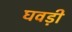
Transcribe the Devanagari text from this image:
घवड़ी